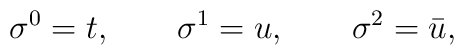
\sigma^0 = t,\qquad \sigma^1 = u,\qquad \sigma^2= \bar u,